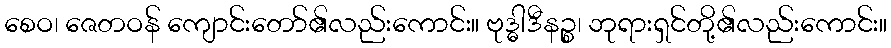
စေဝ၊ ဇေတဝန် ကျောင်းတော်၏လည်းကောင်း။ ဗုဒ္ဓါဒီနဉ္စ၊ ဘုရားရှင်တို့၏လည်းကောင်း။